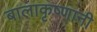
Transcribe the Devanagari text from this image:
बालाकृष्णानी